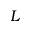
L